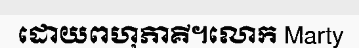
ដោយពហុភាគី។លោក Marty